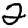
Digit: 2